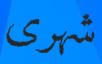
شهرى